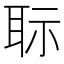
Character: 𦕝